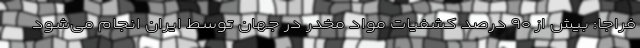
فراجا: بیش از ۹۰ درصد کشفیات مواد مخدر در جهان توسط ایران انجام می‌شود